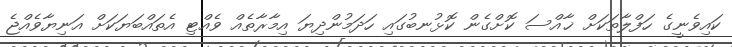
ކައިވެނީގެ ހަފްލާތަކަށް ޚާއްސަ ކޮށްގެން ކޮޅުނބުގައި ހަދަމުންދިޔަ އިމާރާތެއް ވެއްޓި އެތައްބަޔަކަށް އަނިޔާވެއްޖެ